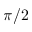
\pi / 2